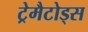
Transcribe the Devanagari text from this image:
ट्रेमैटोड्स